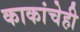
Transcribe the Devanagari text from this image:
काकांचेही